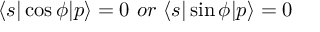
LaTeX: \langle s | \cos \phi | p \rangle = 0 \ o r \ \langle s | \sin \phi | p \rangle = 0